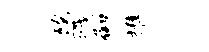
陇戮御推